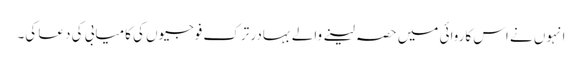
انہوں نے اس کاروائی میں حصہ لینے والے بہادر ترک فوجیوں کی کامیابی کی دعا کی۔